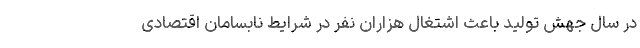
در سال جهش تولید باعث اشتغال هزاران نفر در شرایط نابسامان اقتصادی